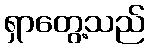
ရှာတွေ့သည်